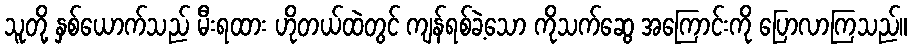
သူတို့ နှစ်ယောက်သည် မီးရထား ဟိုတယ်ထဲတွင် ကျန်ရစ်ခဲ့သော ကိုသက်ဆွေ အကြောင်းကို ပြောလာကြသည်။